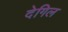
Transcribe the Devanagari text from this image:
देगिल